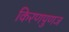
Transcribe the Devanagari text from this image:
किरणपुणज